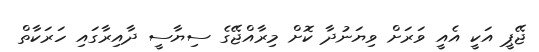
ޖޭޕީ އަކީ އެއީ ވަރަށް ވިޔަނުދާ ކޮށް މިރާއްޖޭގެ ސިޔާސީ ދާއިރާގައި ހަރަކާތް